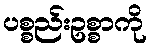
ပစ္စည်းဥစ္စာကို